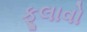
ફૂલાવો